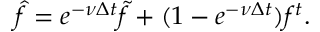
\hat { f } = e ^ { - \nu \Delta t } \widetilde { f } + ( 1 - e ^ { - \nu \Delta t } ) f ^ { t } .